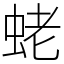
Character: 蛯